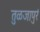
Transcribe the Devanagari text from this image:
तुळजापुरं